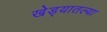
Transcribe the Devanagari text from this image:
खेड्यातल्या